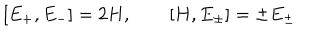
[ E _ { + } , E _ { - } ] = 2 H , \quad \quad [ H , E _ { \pm } ] = \pm E _ { \pm }